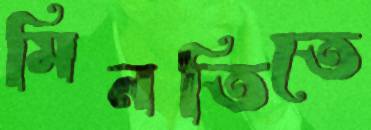
মিনতিতে